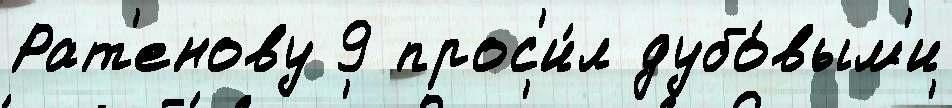
Рат'енову 9 прос'и́л дубо́вым'и